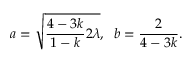
a = \sqrt { \frac { 4 - 3 k } { 1 - k } 2 \lambda } , \; \; b = \frac { 2 } { 4 - 3 k } .